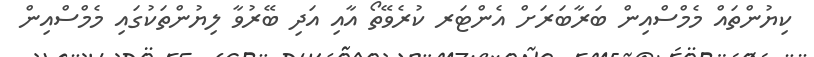
ކިޔުންތައް މެމްސްއިން ބަރާބަރަށް އެންޓަރ ކުރެވޭތޯ އާއި އަދި ބޭރުވާ ލިޔުންތަކުގައި މެމްސްއިން